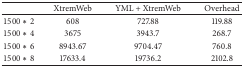
|  | XtremWeb | YML + XtremWeb | Overhead |
 | --- | --- | --- | --- |
 | 1500∗2 | 608 | 727.88 | 119.88 |
 | 1500∗4 | 3675 | 3943.7 | 268.7 |
 | 1500∗6 | 8943.67 | 9704.47 | 760.8 |
 | 1500∗8 | 17633.4 | 19736.2 | 2102.8 |